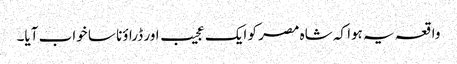
واقعہ یہ ہوا کہ شاہ مصر کو ایک عجیب اور ڈراؤنا سا خواب آیا۔